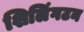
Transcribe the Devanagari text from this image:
शिलिंगटन